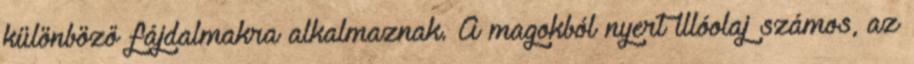
különböző fájdalmakra alkalmaznak. A magokból nyert illóolaj számos, az